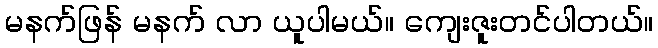
မနက်ဖြန် မနက် လာ ယူပါမယ်။ ကျေးဇူးတင်ပါတယ်။